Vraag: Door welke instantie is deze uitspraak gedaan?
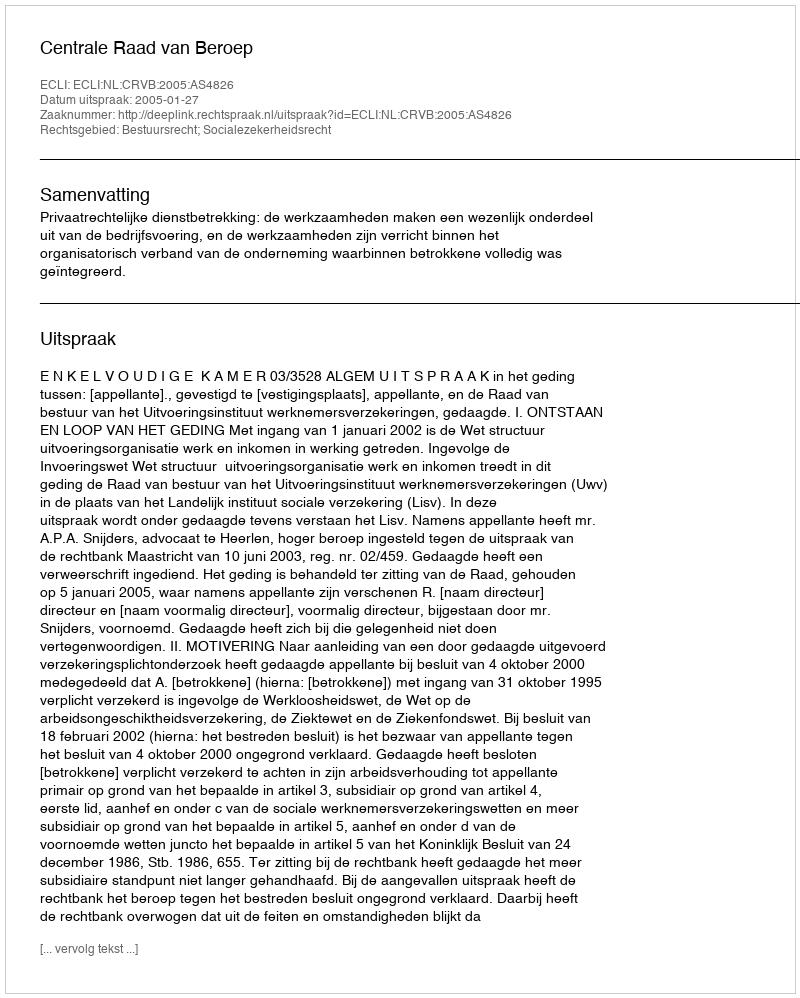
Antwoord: Centrale Raad van Beroep